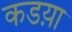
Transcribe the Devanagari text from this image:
कडय़ा